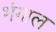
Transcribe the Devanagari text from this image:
भंगाल